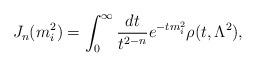
LaTeX: \begin{align*} J_n(m^2_i)=\int^\infty_0\frac{dt}{t^{2-n}}e^{-tm^2_i}\rho (t,\Lambda^2),\end{align*}